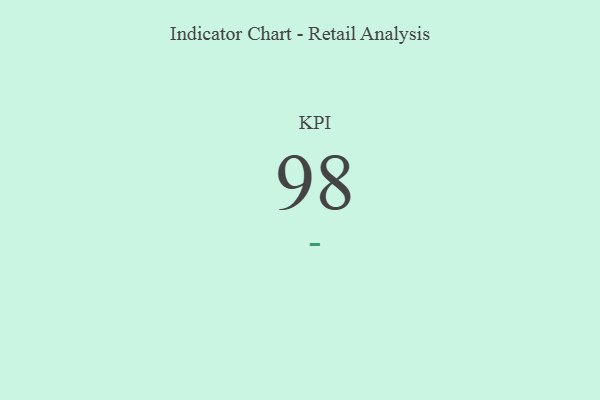
{"axis": {"x": "KPI", "y": "Value"}, "legend": [""], "data": [{"x": "KPI", "y": 98, "type": ""}]}